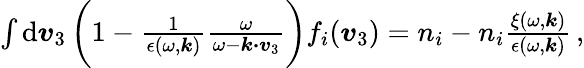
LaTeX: \begin{array}{r}{\int\mathrm{d}\boldsymbol{v}_{3}\, \biggl(1-\frac{1}{\epsilon(\omega,\boldsymbol{k})}\frac{\omega}{\omega-\boldsymbol{k\cdot v}_{3}}\biggr)f_{i}(\boldsymbol{v}_{3})=n_{i}-n_{i}\frac{\xi(\omega,\boldsymbol{k})}{\epsilon(\omega,\boldsymbol{k})}\, ,}\end{array}